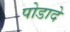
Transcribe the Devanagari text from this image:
पोडादे